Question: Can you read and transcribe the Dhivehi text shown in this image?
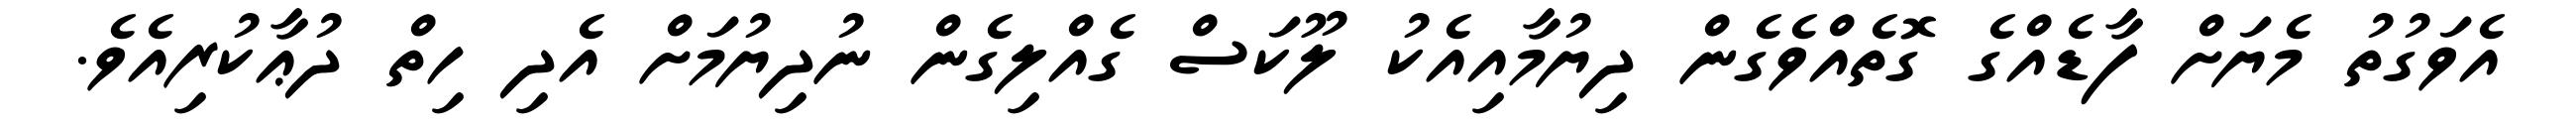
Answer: އެވަގުތު މެޔަށް ފާޑެއްގެ ގޮތެއްވެގެން ދިޔުމާއިއެކު ލޫކަސް ގެއްލިގެން ނުދިޔުމަށް އެދި ހިތް ދުޢާކުރިއެވެ.